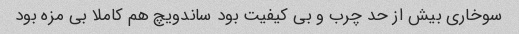
سوخاری بیش از حد چرب و بی کیفیت بود ساندویچ هم کاملا بی مزه بود